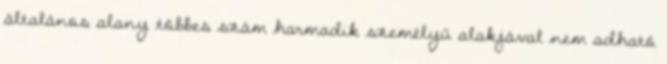
általános alany többes szám harmadik személyű alakjával nem adható